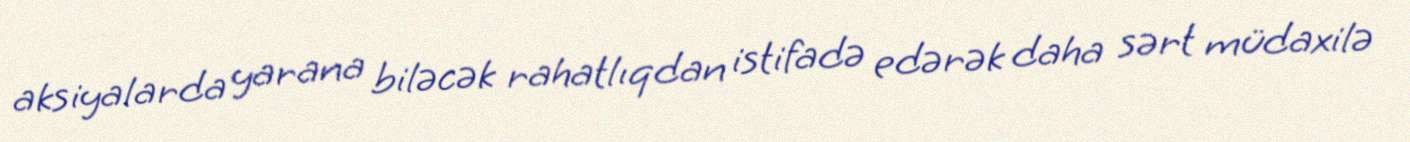
aksiyalarda yarana biləcək rahatlıqdan istifadə edərək daha sərt müdaxilə